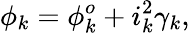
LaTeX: \phi_{k}=\phi_{k}^{o}+i_{k}^{2}\gamma_{k},